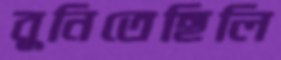
বুনিতেছিলি